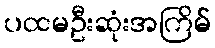
ပထမဦးဆုံးအကြိမ်